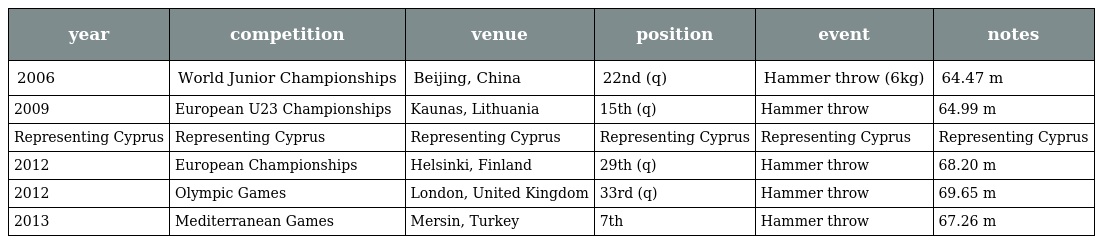
| year | competition | venue | position | event | notes |
 | --- | --- | --- | --- | --- | --- |
 | 2006 | World Junior Championships | Beijing, China | 22nd (q) | Hammer throw (6kg) | 64.47 m |
 | 2009 | European U23 Championships | Kaunas, Lithuania | 15th (q) | Hammer throw | 64.99 m |
 | Representing Cyprus | Representing Cyprus | Representing Cyprus | Representing Cyprus | Representing Cyprus | Representing Cyprus |
 | 2012 | European Championships | Helsinki, Finland | 29th (q) | Hammer throw | 68.20 m |
 | 2012 | Olympic Games | London, United Kingdom | 33rd (q) | Hammer throw | 69.65 m |
 | 2013 | Mediterranean Games | Mersin, Turkey | 7th | Hammer throw | 67.26 m |